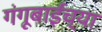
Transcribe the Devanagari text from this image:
गंगूबाईंच्या